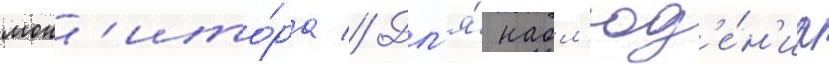
мон'ито́ра // Дл'я́ набл'юд'е́н'иа